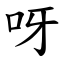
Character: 呀